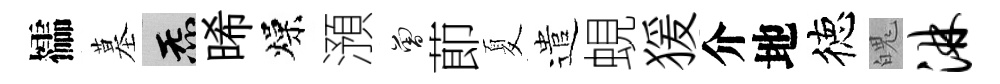
櫺墓炁晞燥澦曾莭夏遣蜆猨介地徳魄淋